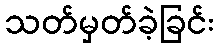
သတ်မှတ်ခဲ့ခြင်း